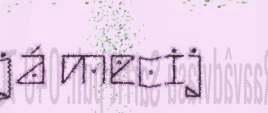
já mecij